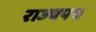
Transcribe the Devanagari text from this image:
राज्यपथ